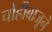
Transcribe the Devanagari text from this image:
चोहीबाजूने